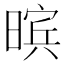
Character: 𮲨